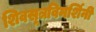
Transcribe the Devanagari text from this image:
शिवसूत्रविमर्शिनी